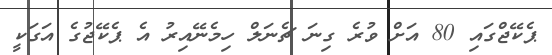
ޕެކޭޖްގައި 80 އަށް ވުރެ ގިނަ ޗެނަލް ހިމެނޭއިރު އެ ޕެކޭޖުގެ އަގަކީ